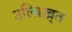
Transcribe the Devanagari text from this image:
उल्ब्रिख़्त